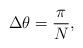
LaTeX: \begin{align*}\Delta \theta = \frac{\pi}{N},\end{align*}